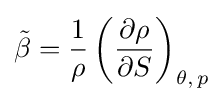
{\tilde {\beta }}={\frac {1}{\rho }}\left({\partial \rho  \over \partial S}\right)_{\theta ,\,p}